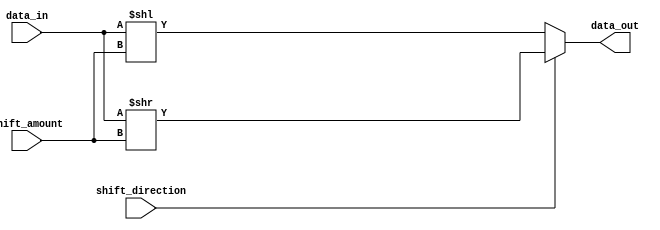
module Hybrid_Barrel_Shifter (
    input [31:0] data_in,
    input [4:0] shift_amount,
    input shift_direction,
    output [31:0] data_out
);

reg [31:0] shifted_data;

always @(*) begin
    if (shift_direction) begin // right shift
        shifted_data = data_in >> shift_amount;
    end 
    else begin // left shift
        shifted_data = data_in << shift_amount;
    end
end

assign data_out = shifted_data;

endmodule